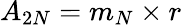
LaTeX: A_{2N}=m_{N}\times r